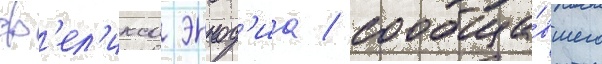
ф'ел'икса эннод'иа / сообща́вшего